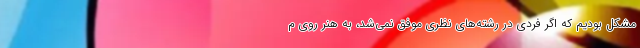
مشکل بودیم که اگر فردی در رشته‌های نظری موفق نمی‌شد، به هنر روی م